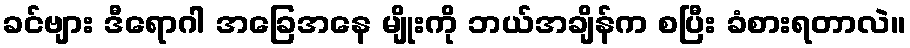
ခင်ဗျား ဒီရောဂါ အခြေအနေ မျိုးကို ဘယ်အချိန်က စပြီး ခံစားရတာလဲ။